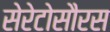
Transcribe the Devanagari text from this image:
सेरेटोसौरस